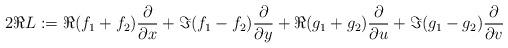
LaTeX: \begin{align*}2\Re L:=\Re (f_1+f_2)\frac{\partial}{\partial x}+\Im(f_1-f_2)\frac{\partial}{\partial y}+\Re(g_1+g_2)\frac{\partial}{\partial u}+\Im(g_1-g_2)\frac{\partial}{\partial v}\end{align*}